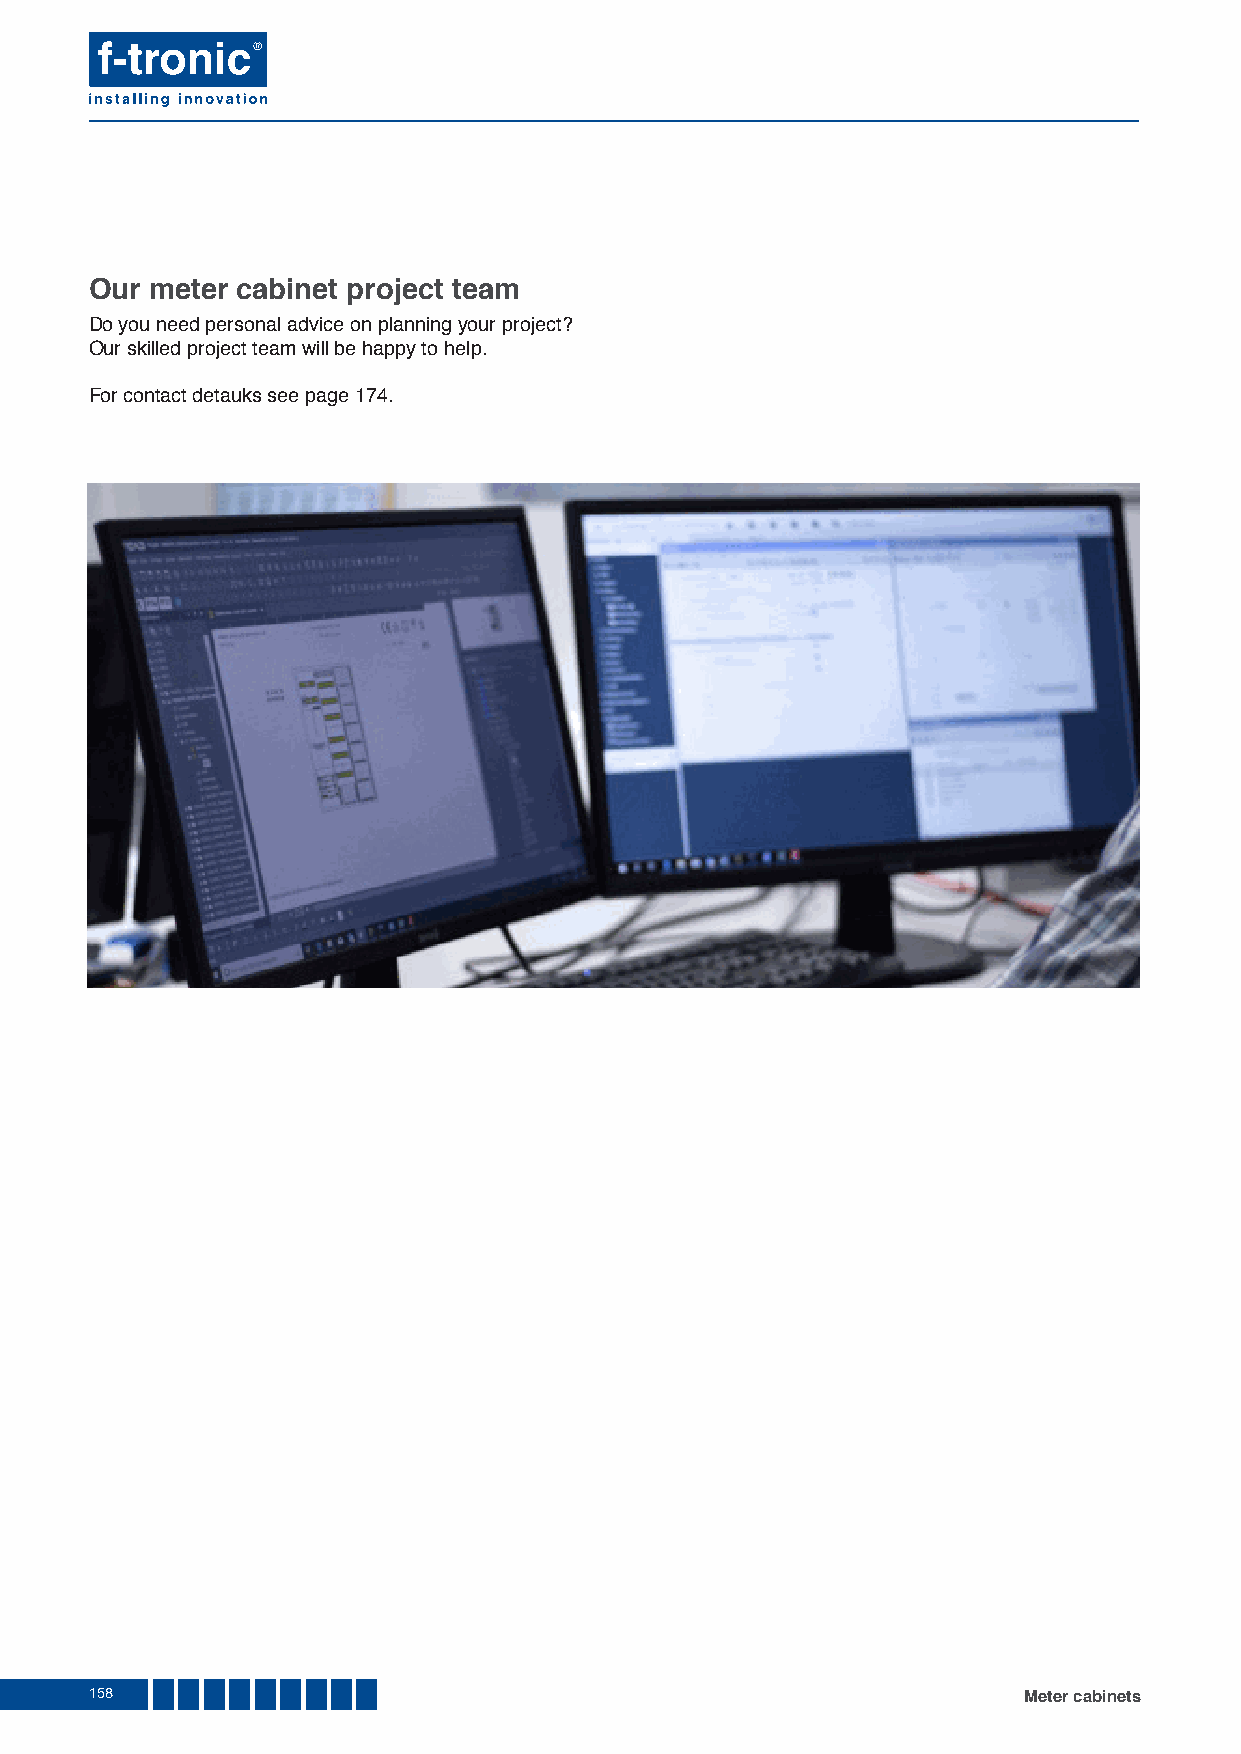
Our meter cabinet project team
 Do you need personal advice on planning your project?
 Our skilled project team will be happy to help.
 For contact detauks see page 174.
 158                                                           Meter cabinets